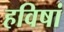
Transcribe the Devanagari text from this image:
हविषां